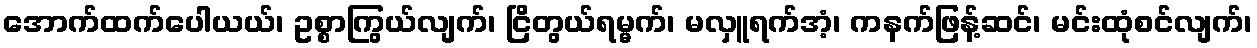
အောက်ထက်ပေါယယ်၊ ဥစ္စာကြွယ်လျက်၊ ငြိတွယ်ရမ္မက်၊ မလှူရက်အံ့၊ ကနက်ဖြန့်ဆင်၊ မင်းထုံစင်လျက်၊